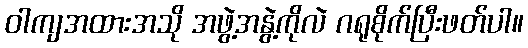
ဝါကျအထားအသို အဖွဲ့အနွဲ့ကိုလဲ ဂရုစိုက်ပြီးဖတ်ပါ။